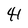
Character: 4